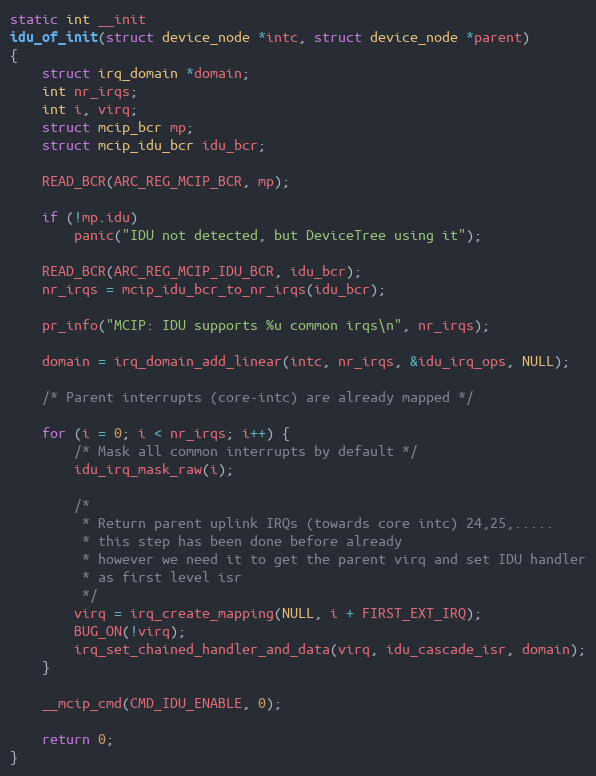
Language: C
static int __init
idu_of_init(struct device_node *intc, struct device_node *parent)
{
	struct irq_domain *domain;
	int nr_irqs;
	int i, virq;
	struct mcip_bcr mp;
	struct mcip_idu_bcr idu_bcr;

	READ_BCR(ARC_REG_MCIP_BCR, mp);

	if (!mp.idu)
		panic("IDU not detected, but DeviceTree using it");

	READ_BCR(ARC_REG_MCIP_IDU_BCR, idu_bcr);
	nr_irqs = mcip_idu_bcr_to_nr_irqs(idu_bcr);

	pr_info("MCIP: IDU supports %u common irqs\n", nr_irqs);

	domain = irq_domain_add_linear(intc, nr_irqs, &idu_irq_ops, NULL);

	/* Parent interrupts (core-intc) are already mapped */

	for (i = 0; i < nr_irqs; i++) {
		/* Mask all common interrupts by default */
		idu_irq_mask_raw(i);

		/*
		 * Return parent uplink IRQs (towards core intc) 24,25,.....
		 * this step has been done before already
		 * however we need it to get the parent virq and set IDU handler
		 * as first level isr
		 */
		virq = irq_create_mapping(NULL, i + FIRST_EXT_IRQ);
		BUG_ON(!virq);
		irq_set_chained_handler_and_data(virq, idu_cascade_isr, domain);
	}

	__mcip_cmd(CMD_IDU_ENABLE, 0);

	return 0;
}